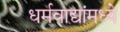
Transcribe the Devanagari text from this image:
धर्मवाद्यांमध्ये